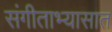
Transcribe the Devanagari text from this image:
संगीताभ्यासात